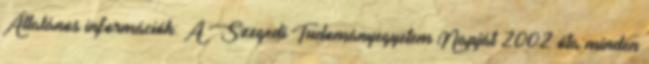
Általános információk: A Szegedi Tudományegyetem Napját 2002 óta minden